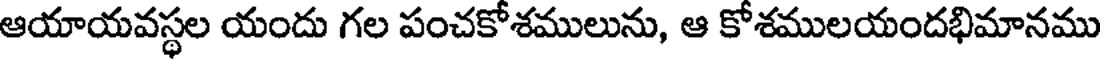
ఆయాయవస్థల యందు గల పంచకోశములును, ఆ కోశములయందభిమానము